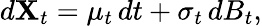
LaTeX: d\mathbf{X}_{t}=\mu_{t}\, dt+\sigma_{t}\, dB_{t},